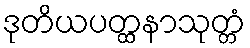
ဒုတိယပတ္ထနာသုတ္တံ